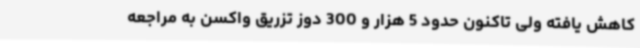
کاهش یافته ولی تاکنون حدود 5 هزار و 300 دوز تزریق واکسن به مراجعه